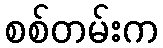
စစ်တမ်းက